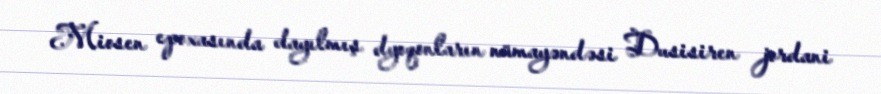
Miosen epoxasında dayılmış dyoqonların nümayəndəsi Dusisiren jordani